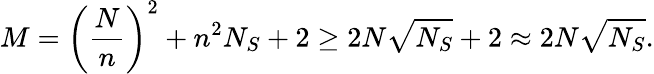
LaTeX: M=\left(\frac{N}{n}\right)^{2}+n^{2}N_{S}+2\geq 2N\sqrt{N_{S}}+2\approx 2N\sqrt{N_{S}}.